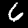
Label: 6